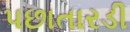
પછાતારડી